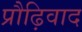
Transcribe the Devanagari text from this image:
प्रौढ़िवाद